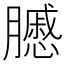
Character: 𦢑